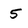
Character: 5